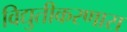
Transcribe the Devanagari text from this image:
विद्युतीकरणास